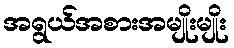
အရွယ်အစားအမျိုးမျိုး